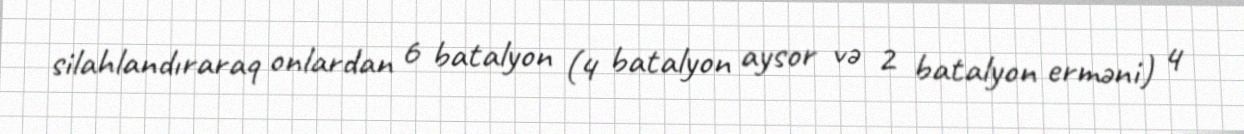
silahlandıraraq onlardan 6 batalyon (4 batalyon aysor və 2 batalyon erməni) 4